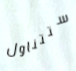
ستتناول